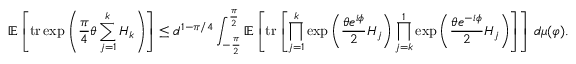
\mathbb { E } \left[ \operatorname { t r } \exp \left( \frac { \pi } { 4 } \theta \sum _ { j = 1 } ^ { k } H _ { k } \right) \right] \leq d ^ { 1 - \pi / 4 } \int _ { - \frac { \pi } { 2 } } ^ { \frac { \pi } { 2 } } \mathbb { E } \left[ \operatorname { t r } \left[ \prod _ { j = 1 } ^ { k } \exp \left( \frac { \theta e ^ { i \phi } } { 2 } H _ { j } \right) \prod _ { j = k } ^ { 1 } \exp \left( \frac { \theta e ^ { - i \phi } } { 2 } H _ { j } \right) \right] \right] \, d \mu ( \varphi ) .